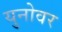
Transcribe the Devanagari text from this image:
युनोवर